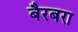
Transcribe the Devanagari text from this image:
बैरबरा